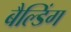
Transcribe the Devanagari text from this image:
बैल्डिंग